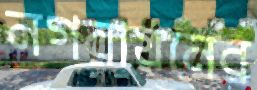
নগরায়নের